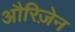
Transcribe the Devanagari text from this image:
औरिज़ेन